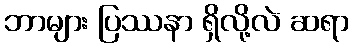
ဘာများ ပြဿနာ ရှိလို့လဲ ဆရာ